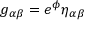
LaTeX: g _ { \alpha \beta } = e ^ { \phi } \eta _ { \alpha \beta }